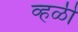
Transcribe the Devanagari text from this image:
व्हळी